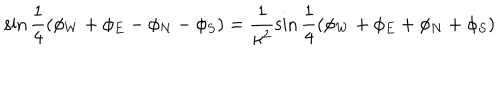
\sin { \frac { 1 } { 4 } ( \phi _ { W } + \phi _ { E } - \phi _ { N } - \phi _ { S } ) } = \frac { 1 } { \kappa ^ { 2 } } \sin { \frac { 1 } { 4 } ( \phi _ { W } + \phi _ { E } + \phi _ { N } + \phi _ { S } ) }